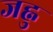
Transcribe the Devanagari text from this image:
जह्नु